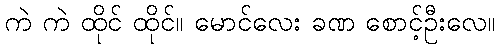
ကဲ ကဲ ထိုင် ထိုင်။ မောင်လေး ခဏ စောင့်ဦးလေ။